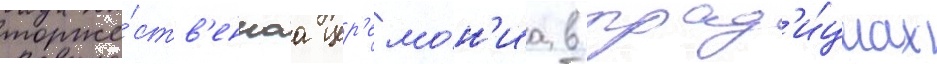
торже́ств'еннаа цер'емо́н'иа в трад'и́циах